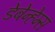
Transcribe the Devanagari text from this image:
डेबेन्हेम्स